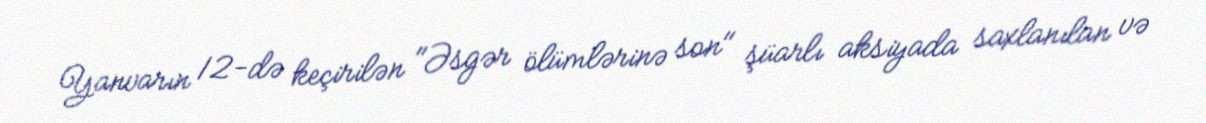
Yanvarın 12-də keçirilən "Əsgər ölümlərinə son" şüarlı aksiyada saxlanılan və